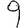
Digit: 9